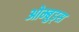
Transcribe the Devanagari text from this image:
ओम्बुड्स